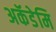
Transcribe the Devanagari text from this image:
अकॅडेमि